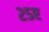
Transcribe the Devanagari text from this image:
२५ए